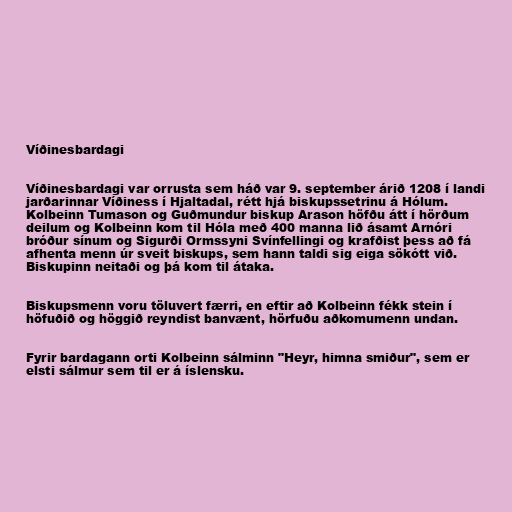
Víðinesbardagi

Víðinesbardagi var orrusta sem háð var 9. september árið 1208 í landi
jarðarinnar Víðiness í Hjaltadal, rétt hjá biskupssetrinu á Hólum.
Kolbeinn Tumason og Guðmundur biskup Arason höfðu átt í hörðum
deilum og Kolbeinn kom til Hóla með 400 manna lið ásamt Arnóri
bróður sínum og Sigurði Ormssyni Svínfellingi og krafðist þess að fá
afhenta menn úr sveit biskups, sem hann taldi sig eiga sökótt við.
Biskupinn neitaði og þá kom til átaka.

Biskupsmenn voru töluvert færri, en eftir að Kolbeinn fékk stein í
höfuðið og höggið reyndist banvænt, hörfuðu aðkomumenn undan.

Fyrir bardagann orti Kolbeinn sálminn "Heyr, himna smiður", sem er
elsti sálmur sem til er á íslensku.